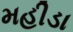
મહીડા